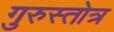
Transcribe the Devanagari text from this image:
गुरुस्तोत्र